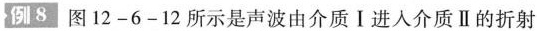
例8 图12-6-12所示是声波由介质Ⅰ进入介质Ⅱ的折射